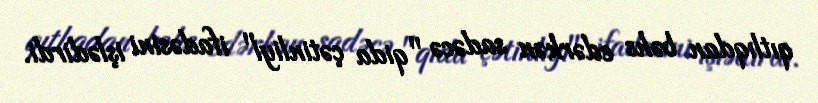
qıtlıqdan bəhs edərkən sadəcə "qida çətinliyi" ifadəsini işlədirdi.